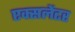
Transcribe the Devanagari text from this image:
एक्सलेंटर